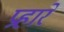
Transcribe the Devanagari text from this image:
प्रहारें